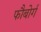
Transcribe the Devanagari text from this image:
फौबोर्ग